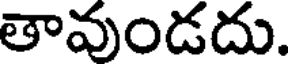
తావుండదు.